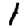
Digit: 1